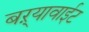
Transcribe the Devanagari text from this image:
बऱ्यावाईट